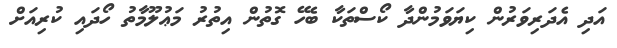
އަދި އެދަރިވަރުން ކިޔަވަމުންދާ ކޯސްތަކާ ބެހޭ ގޮތުން އިތުރު މަޢުލޫމާތު ހޯދައި ކުރިއަށް